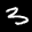
Label: 3